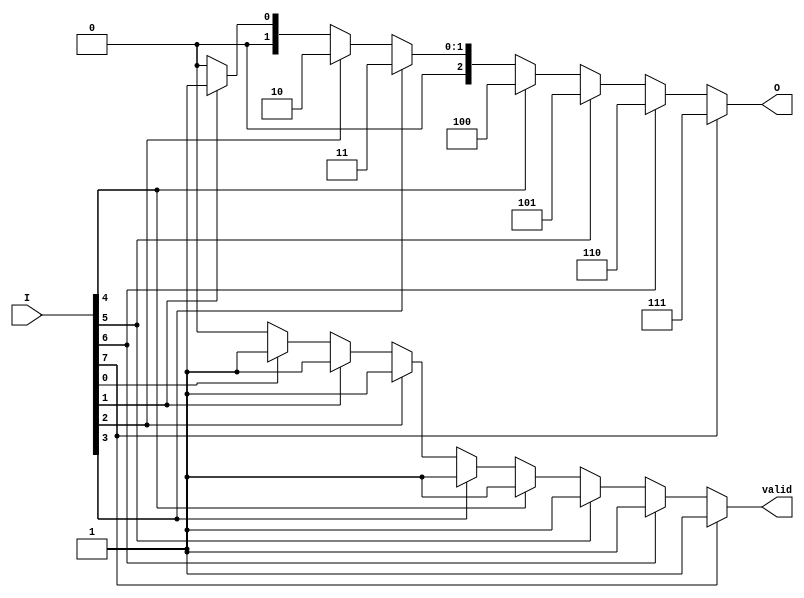
module encoder_8to3 (
    input wire [7:0] I,  // 8 input lines
    output reg [2:0] O,  // 3-bit output
    output reg valid      // Output to indicate if the output is valid
);

// Always block for combinational logic
always @(*) begin
    // Default values
    O = 3'b000;  // Default output
    valid = 1'b1;  // Default to valid output
    
    // Priority encoding
    case (1'b1)
        I[7]: O = 3'b111;  // If input 7 is high
        I[6]: O = 3'b110;  // If input 6 is high
        I[5]: O = 3'b101;  // If input 5 is high
        I[4]: O = 3'b100;  // If input 4 is high
        I[3]: O = 3'b011;  // If input 3 is high
        I[2]: O = 3'b010;  // If input 2 is high
        I[1]: O = 3'b001;  // If input 1 is high
        I[0]: O = 3'b000;  // If input 0 is high
        default: begin
            O = 3'b000;     // Invalid state output
            valid = 1'b0;   // Set valid to 0 if no inputs are active
        end
    endcase
end

endmodule